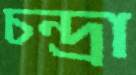
চন্দ্রা